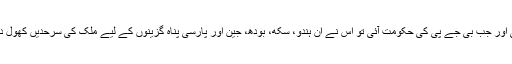
بنگلہ دیش سے چکما آئے تو انہیں بھی پناہ ملی اور جب بی جے پی کی حکومت آئی تو اس نے ان ہندو، سکھ، بودھ، جین اور پارسی پناہ گزینوں کے لیے ملک کی سرحدیں کھول دیں جنھیں اپنے ملکوں میں نشانہ بنایا جارہا ہو۔